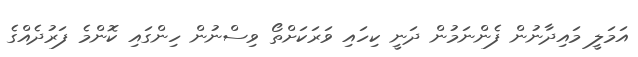
އަމަލީ މައިދާނުން ފެންނަމުން ދަނީ ކިހައި ވަރަކަށްތޯ ވިސްނުން ހިންގައި ކޮންމެ ފަރުދެއްގެ